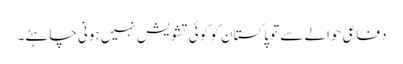
دفاعی حوالے سے تو پاکستان کو کوئی تشویش نہیں ہونی چاہئے۔